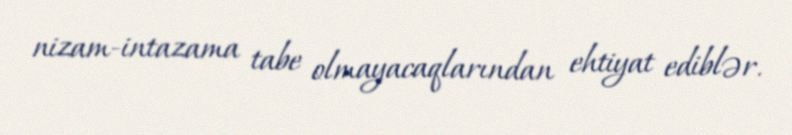
nizam-intazama tabe olmayacaqlarından ehtiyat ediblər.